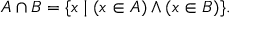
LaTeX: A \cap B = \{ x \mid ( x \in A ) \land ( x \in B ) \} .